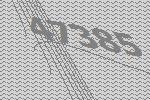
47385